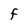
Character: F